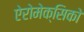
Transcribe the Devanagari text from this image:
ऐरोमेक्सिको